Aleksander_Warma, lk 31
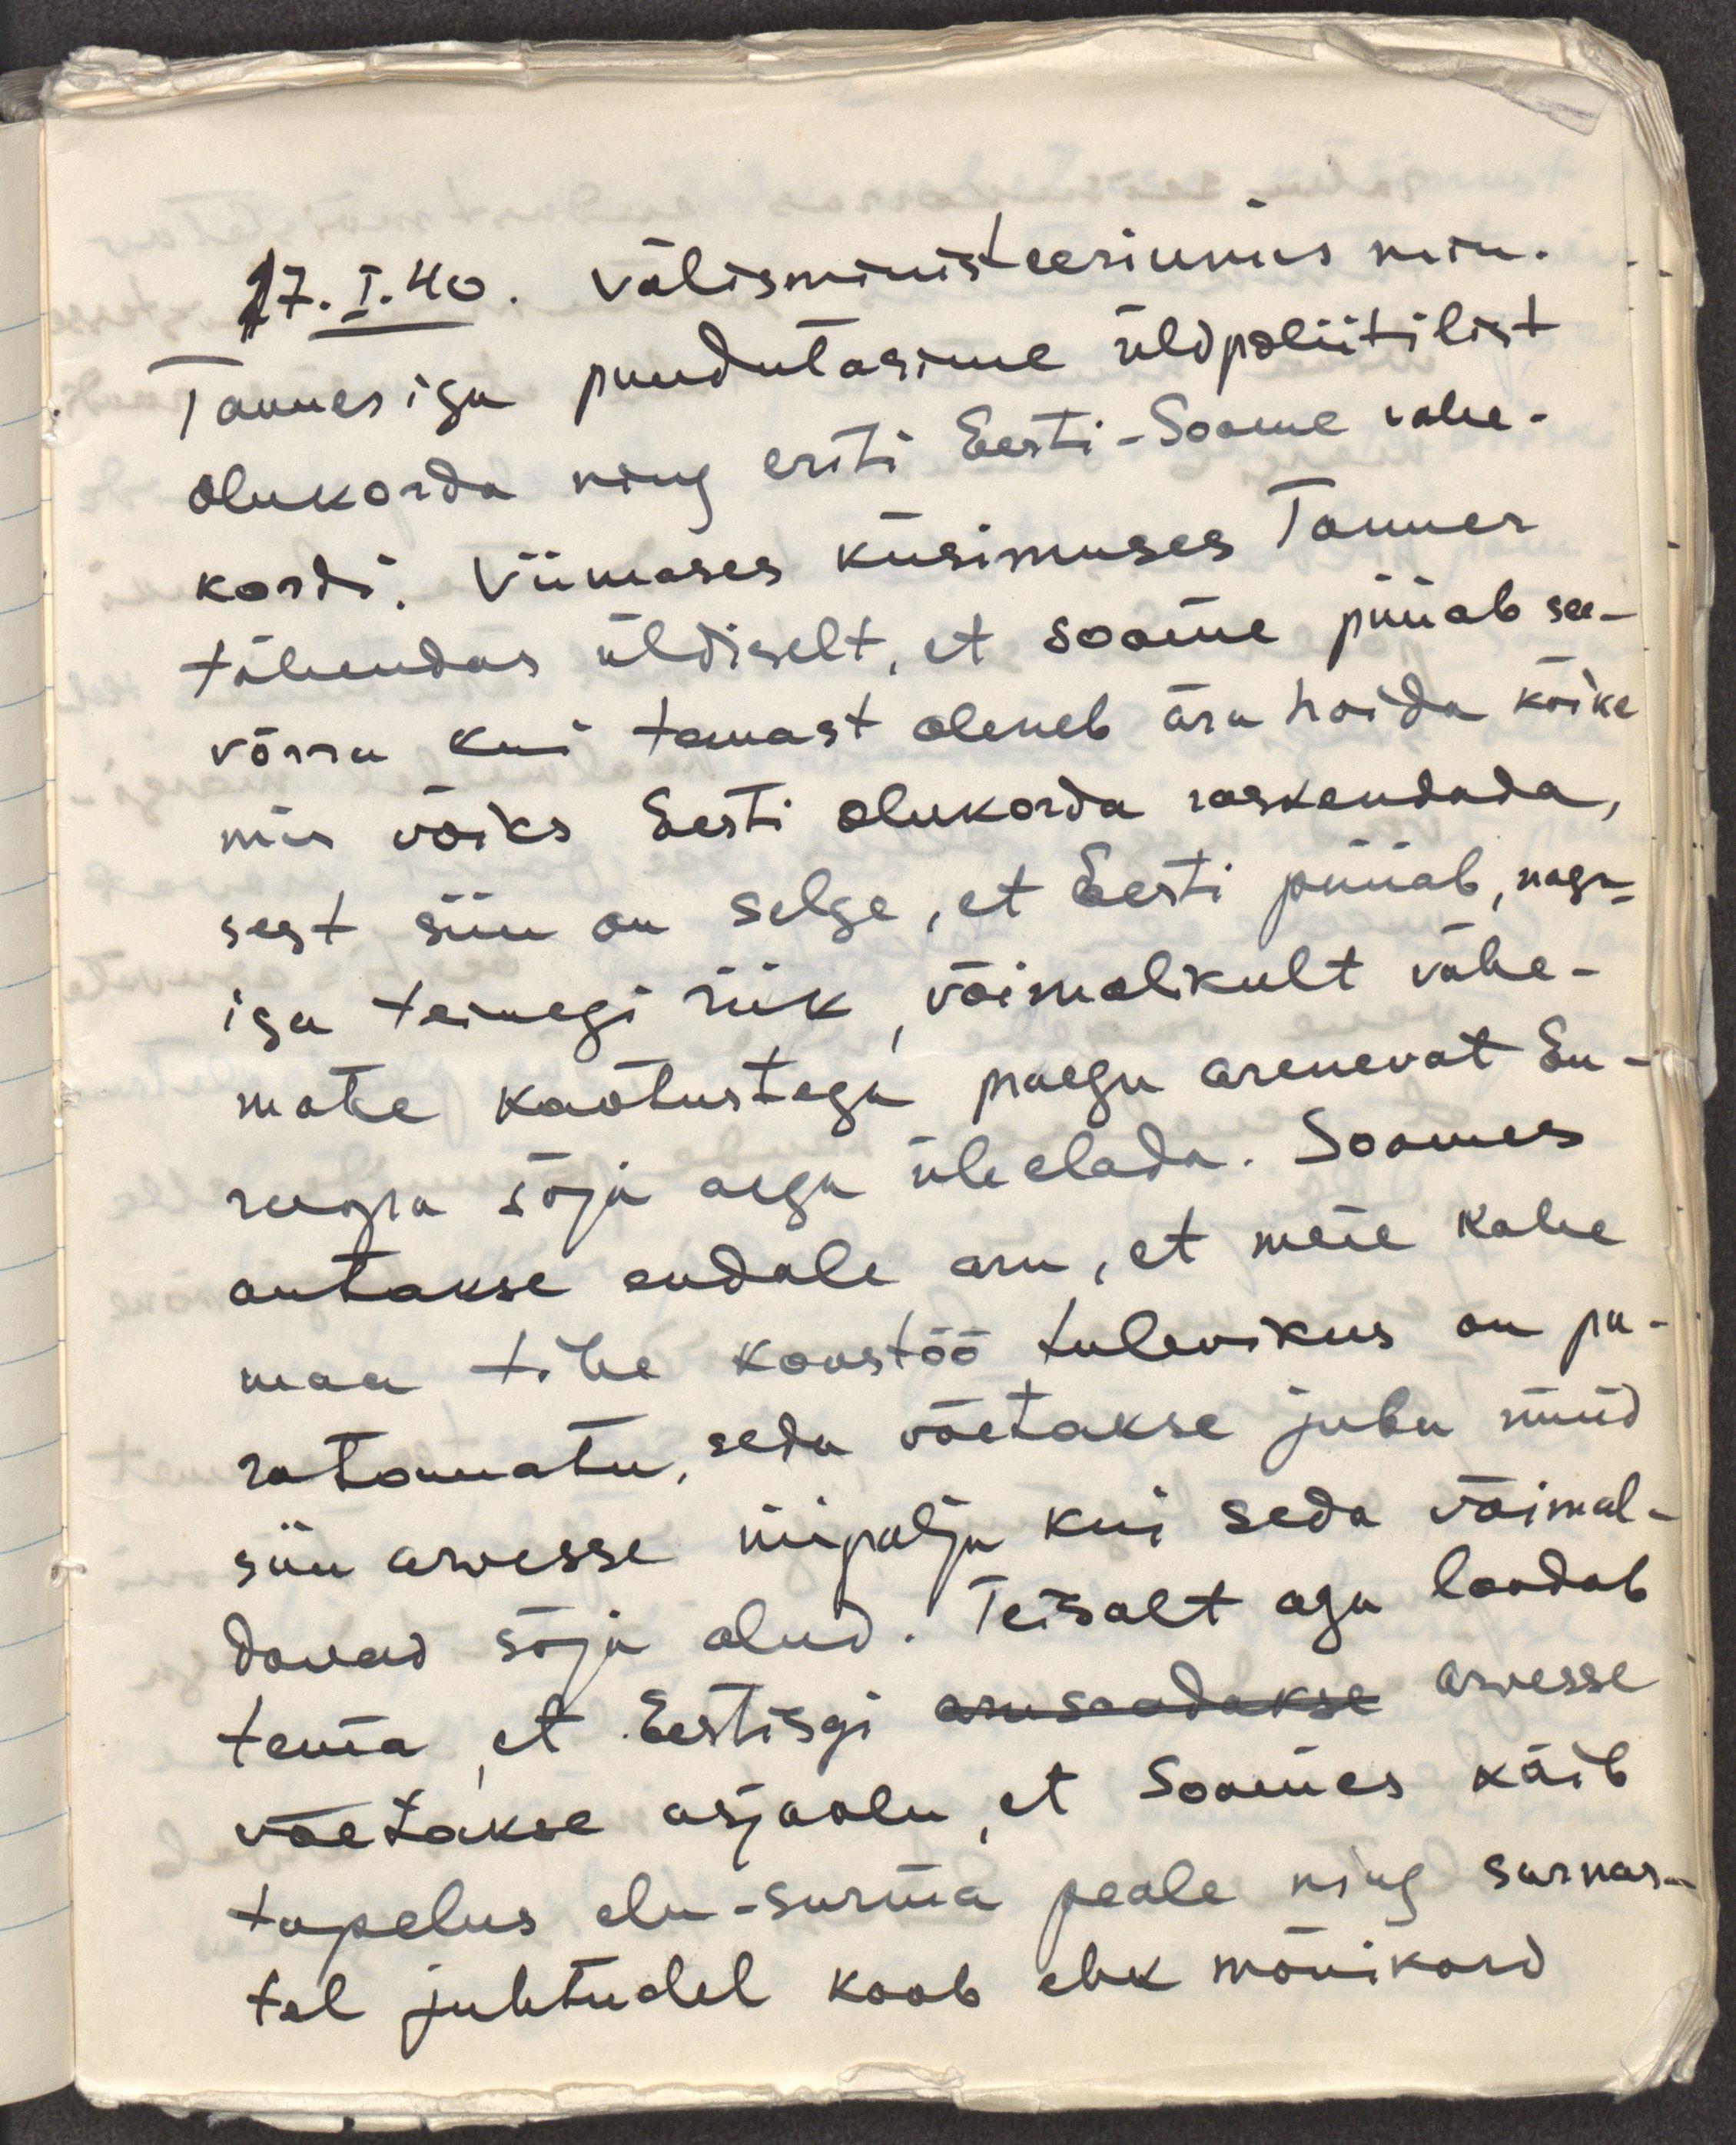
17.I.40 välisministeeriumis min.
Tanneriga puudutasime üldpoliitlist
olukorda ning eriti Eesti-Soome vahe-
kordi. Viimases küsimuses Tanner
tähendas üldiselt, et Soome püüab see-
võrra kui temast oleneb ära hoida kõike
mis võiks Eesti olukorda raskendada,
sest siin on selge, et Eesti püüab, nagu
iga teinegi riik, võimalikult vähe-
mate kaotustega praegu arenevat Eu-
roopa sõja aega üle elada. Soomes 
antakse endale aru, et meie kahe
maa tihe kootöö tulevikus on pa-
ratamatu, seda võetakse juba nüüd
siin arvesse niipalju kui seda võimal-
davad sõja olud. Teisalt aga loodab
tema, et Eestisgi arusaadakse arvesse
võetakse asjaolu, et Soomes käib
tapelus elu-surma peale ning sarnas-
tel juhtudel kaob ehk mõnikord